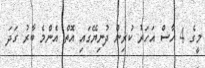
މީގެ 4 ހާސް އަހަރު ކުރިން ދުނިޔޭގައި އޮތް އެންމެ ބާރު ގަދަ